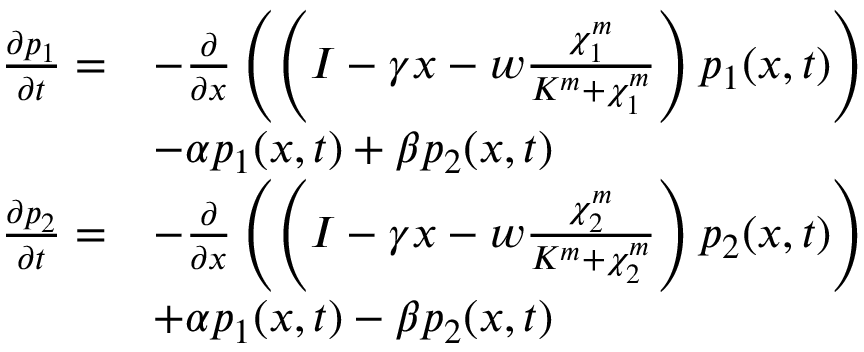
\begin{array} { r l } { \frac { \partial p _ { 1 } } { \partial t } = } & { - \frac { \partial } { \partial x } \left( \left( I - \gamma x - w \frac { \chi _ { 1 } ^ { m } } { K ^ { m } + \chi _ { 1 } ^ { m } } \right) p _ { 1 } ( x , t ) \right) } \\ & { - \alpha p _ { 1 } ( x , t ) + \beta p _ { 2 } ( x , t ) } \\ { \frac { \partial p _ { 2 } } { \partial t } = } & { - \frac { \partial } { \partial x } \left( \left( I - \gamma x - w \frac { \chi _ { 2 } ^ { m } } { K ^ { m } + \chi _ { 2 } ^ { m } } \right) p _ { 2 } ( x , t ) \right) } \\ & { + \alpha p _ { 1 } ( x , t ) - \beta p _ { 2 } ( x , t ) } \end{array}